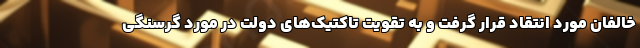
خالفان مورد انتقاد قرار گرفت و به تقویت تاکتیک‌های دولت در مورد گرسنگی